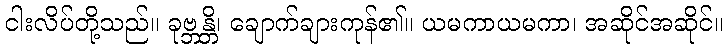
ငါးလိပ်တို့သည်။ ခုဗ္ဘန္တိ၊ ချောက်ချားကုန်၏။ ယမကာယမကာ၊ အဆိုင်အဆိုင်။